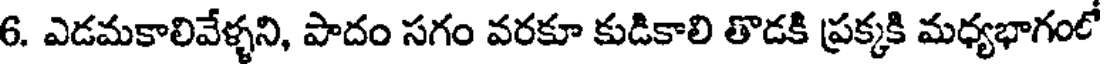
6. ఎడమకాలివేళ్ళని, పాదం సగం వరకూ కుడికాలి తొడకి ప్రక్కకి మధ్యభాగంల్